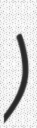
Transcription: э̇)